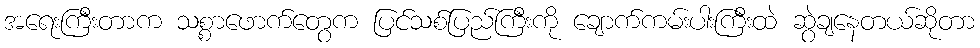
အရေးကြီးတာက သစ္စာဖောက်တွေက ပြင်သစ်ပြည်ကြီးကို ချောက်ကမ်းပါးကြီးထဲ ဆွဲချနေတယ်ဆိုတာ